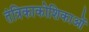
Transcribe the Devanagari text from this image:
तंत्रिकाकोशिकाओं